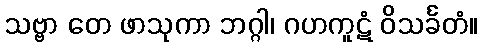
သဗ္ဗာ တေ ဖာသုကာ ဘဂ္ဂါ၊ ဂဟကူဋံ ဝိသင်္ခတံ။